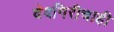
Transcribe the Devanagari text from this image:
देवगिरीचाही